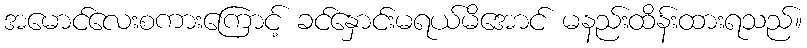
အမောင်လေးစကားကြောင့် ခင်နှောင်းမရယ်မိအောင် မနည်းထိန်းထားရသည်။